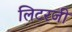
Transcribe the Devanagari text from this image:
लिटरजी